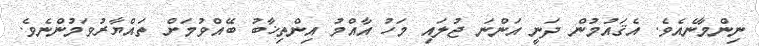
ނިންމާނެއެވެ. އެޤައުމުން ދަނީ އަންނަ ޖުލައި މަހު އާއްމު އިންތިޚާބު ބޭއްވުމަށް ތައްޔާރުވަމުންނެވެ.